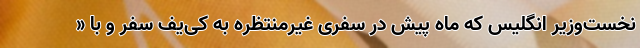
نخست‌وزیر انگلیس که ماه پیش در سفری غیرمنتظره به کی‌یف سفر و با «